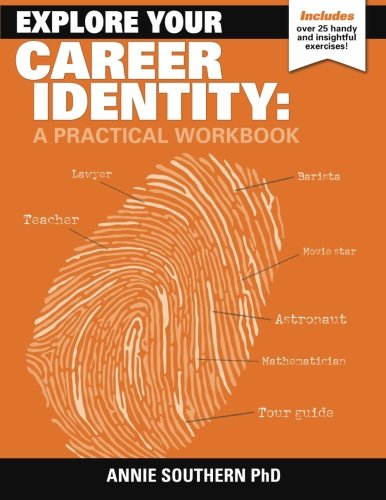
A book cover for Explore Your Career Identity: A Practical Workbook; Dr Annie Southern; Education & Teaching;